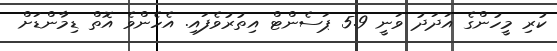
ކުރި މީހުންގެ އަދަދު ވަނީ 5.9 ޕަސެންޓް އިތުރުވެފައި. އެހެންވެ އޮތް ޑިމާންޑަށް